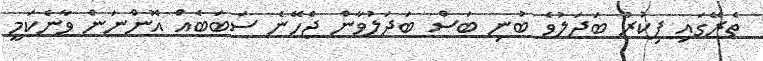
ތެރޭގައި ފިކުރު ބަދަލުވެ ބުނި ބަސް ބަދަލުވާން ޖެހޭނެ ސަބަބެއް އޮންނަން ވާނެކަމީ